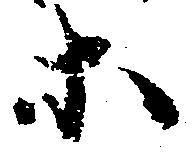
等